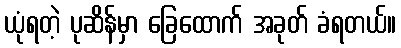
ယုံရတဲ့ ပုဆိန်မှာ ခြေထောက် အခုတ် ခံရတယ်။